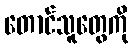
တောင်သူတွေကို